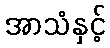
အာသံနှင့်